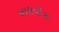
ખારાવીરા